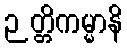
ဉတ္တိကမ္မာနိ